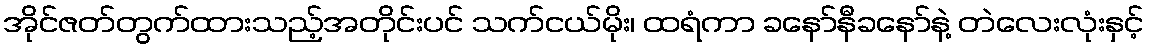
အိုင်ဇတ်တွက်ထားသည့်အတိုင်းပင် သက်ငယ်မိုး၊ ထရံကာ ခနော်နီခနော်နဲ့ တဲလေးလုံးနှင့်